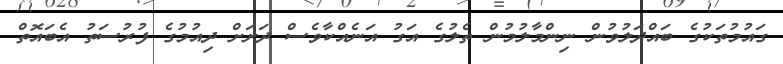
ގައުމުތަކުގެ ބައްދަލުވުން ނިންމާލުމުން ތެލުގެ އަގު އަނެއްކާވެސް ދަށަށް ދިއުމުގެ ފުރުސަތު އެބައޮތް